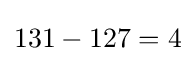
131-127=4